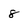
Character: 8